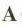
A